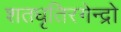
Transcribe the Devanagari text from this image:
शतधृतिरगेन्द्रो